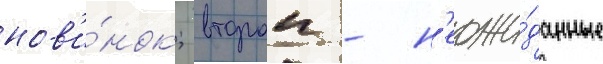
нов'и́нок; второи - н'еожи́данные